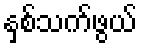
နှစ်သက်ဖွယ်